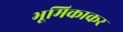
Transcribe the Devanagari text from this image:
भूमिकाकर